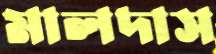
মালদাস